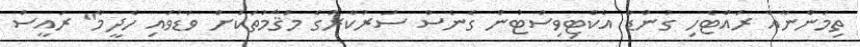
ތިމަންނާއާ ރައްޓެހި ގުންޑާ އެކްޓިވިސްޓުން ގެނެސް ސަރުކާރުގެ މަޤާމުތަކަށް ވަޑުވައި ހެދީމާ" ރައީސް